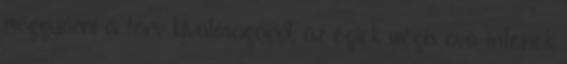
meggyőzni a terv kiválóságáról, az égiek mégis óva intenek